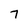
Character: 7